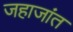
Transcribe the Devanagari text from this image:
जहाजांत